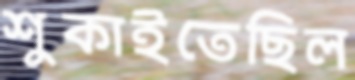
শুকাইতেছিল